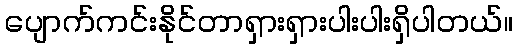
ပျောက်ကင်းနိုင်တာရှားရှားပါးပါးရှိပါတယ်။